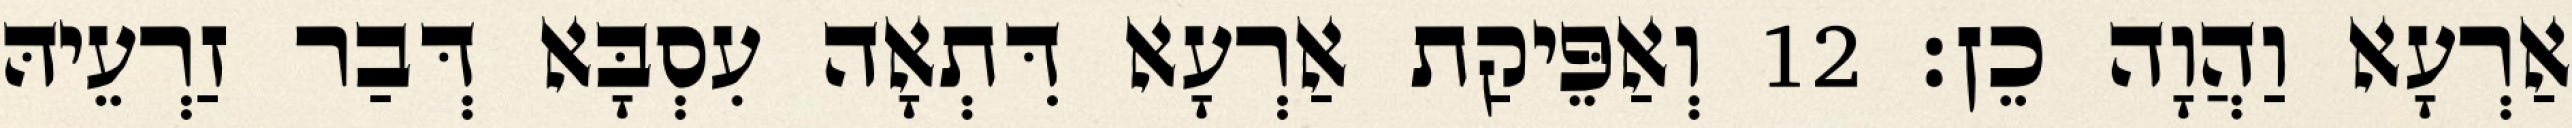
אַרְעָא וַהֲוָה כֵן׃ 12 וְאַפֵּיקַת אַרְעָא דִּתְאָה עִסְבָּא דְּבַר זַרְעֵיהּ